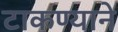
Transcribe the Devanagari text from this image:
टाकण्याने